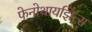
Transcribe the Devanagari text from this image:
फेनोथायझिन्स